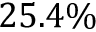
2 5 . 4 \%